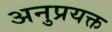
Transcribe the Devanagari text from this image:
अनुप्रयक्त